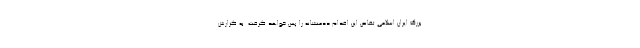
بزرگ ایران اسلامی تقاص این اقدام ددمنشانه را پس خواهد گرفت. به گزارش